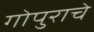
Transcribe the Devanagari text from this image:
गोपुराचे